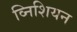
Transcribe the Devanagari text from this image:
व्निशियन